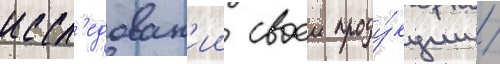
иссл'едован'ии своеи проду́кции /